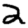
Digit: 2